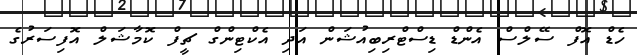
ހެޑް އޮފް ސޭލްސް އެންޑް ޑިސްޓްރިބިއުޝަން އަދި އެކްޓިންގް ޗީފް ކޮމާޝަލް އޮފިސަރުގެ